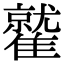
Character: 𩀻